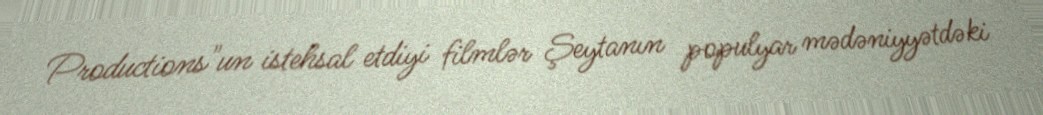
Productions"un istehsal etdiyi filmlər Şeytanın populyar mədəniyyətdəki